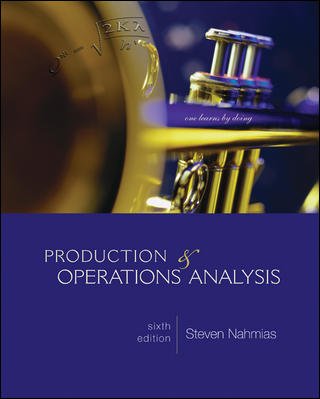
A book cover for Production and Operations Analysis (McGraw-Hill/Irwin Series Operations and Decision Sciences); Steven Nahmias; Business & Money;